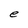
Character: e